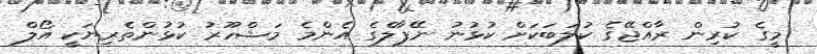
މީގެ ކުރިން ރާއްޖޭގެ ކުލަބަކަށް ކުޅުނު ނޭޕާލްގެ އެންމެ މަޝްހޫރު ކުޅުންތެރިޔަކީ އޯލް